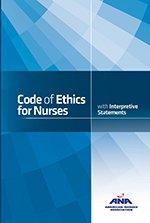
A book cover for Code of Ethics for Nurses with Interpretive Statements; Medical Books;